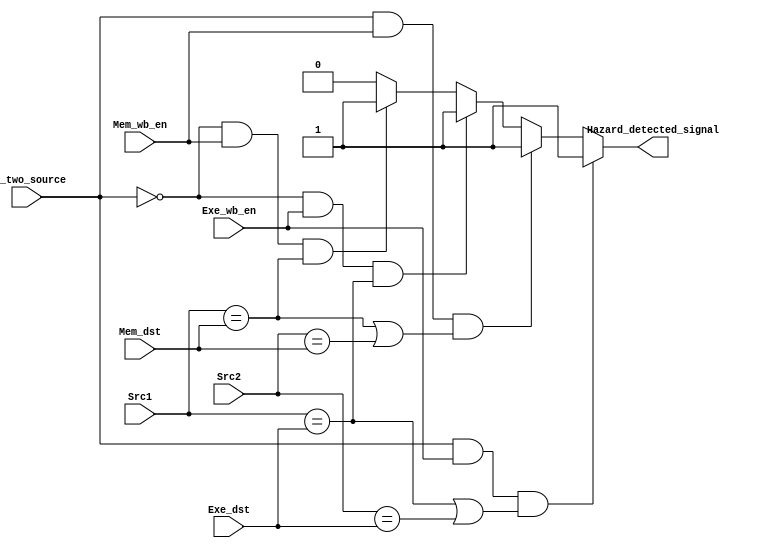
module Hazard_Unit (
                    input [4:0] Src1, Src2,
                    input Exe_wb_en,
                    input [4:0] Exe_dst,
                    input [4:0] Mem_dst,
                    input Mem_wb_en,
                    input is_two_source,

                    output Hazard_detected_signal
                   );

    assign  Hazard_detected_signal = (is_two_source == 1'b1 && Exe_wb_en == 1'b1 && (Src1 == Exe_dst || Src2 == Exe_dst)) ? 1'b1 :
                                     (is_two_source == 1'b1 && Mem_wb_en == 1'b1 && (Src1 == Mem_dst || Src2 == Mem_dst)) ? 1'b1 :
                                     (is_two_source == 1'b0 && Exe_wb_en == 1'b1 && (Src1 == Exe_dst)) ? 1'b1 :
                                     (is_two_source == 1'b0 && Mem_wb_en == 1'b1 && (Src1 == Mem_dst)) ? 1'b1 :
                                     1'b0;

    // always @ ( * ) begin
    //      if (Is_immediate && Exe_wb_en) begin
    //        if (src1 == Exe_dst || src2 == Exe_dst) begin
    //          Hazard_detected_signal = 1'b1;
    //        end
    //      end
    //      if (Mem_wb_en) begin
    //        if (src1 == Mem_dst || src2 == Mem_dst) begin
    //          Hazard_detected_signal = 1'b1;
    //        end
    //      end
    // end
endmodule // Hazard_Unit